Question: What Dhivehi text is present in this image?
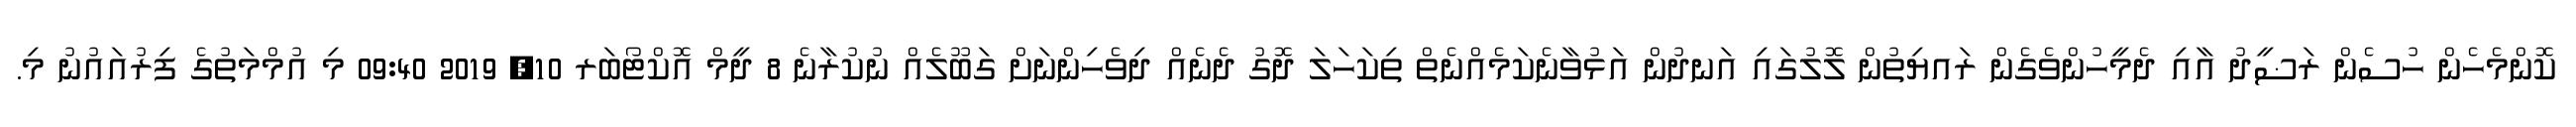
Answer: ކޮންމެހެން ހުސެން ރަޟީދު އާއި ދެމީހުންވެގެން ރައޔިތުން ލޮލުގައި އަނދުން އަޅުވާނެކަމެއްނެތް ތިކަހަލަ ދޮގު ދެނެއް ދިވެހިންނަށް ގަބޫލެއް ނުކުރާނެ 8 ދީމް އޮކްޓޯބަރ 10, 2019 09:40 މި އުމްމަތުގެ ފިރުއައުނު މި.